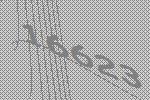
16623